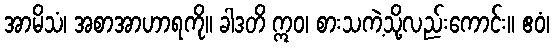
အာမိသံ၊ အစာအာဟာရကို။ ခါဒတိ ဣဝ၊ စားသကဲ့သို့လည်းကောင်း။ ဧဝံ၊